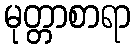
မုတ္တာစာရာ